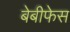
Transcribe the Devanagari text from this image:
बेबीफेस